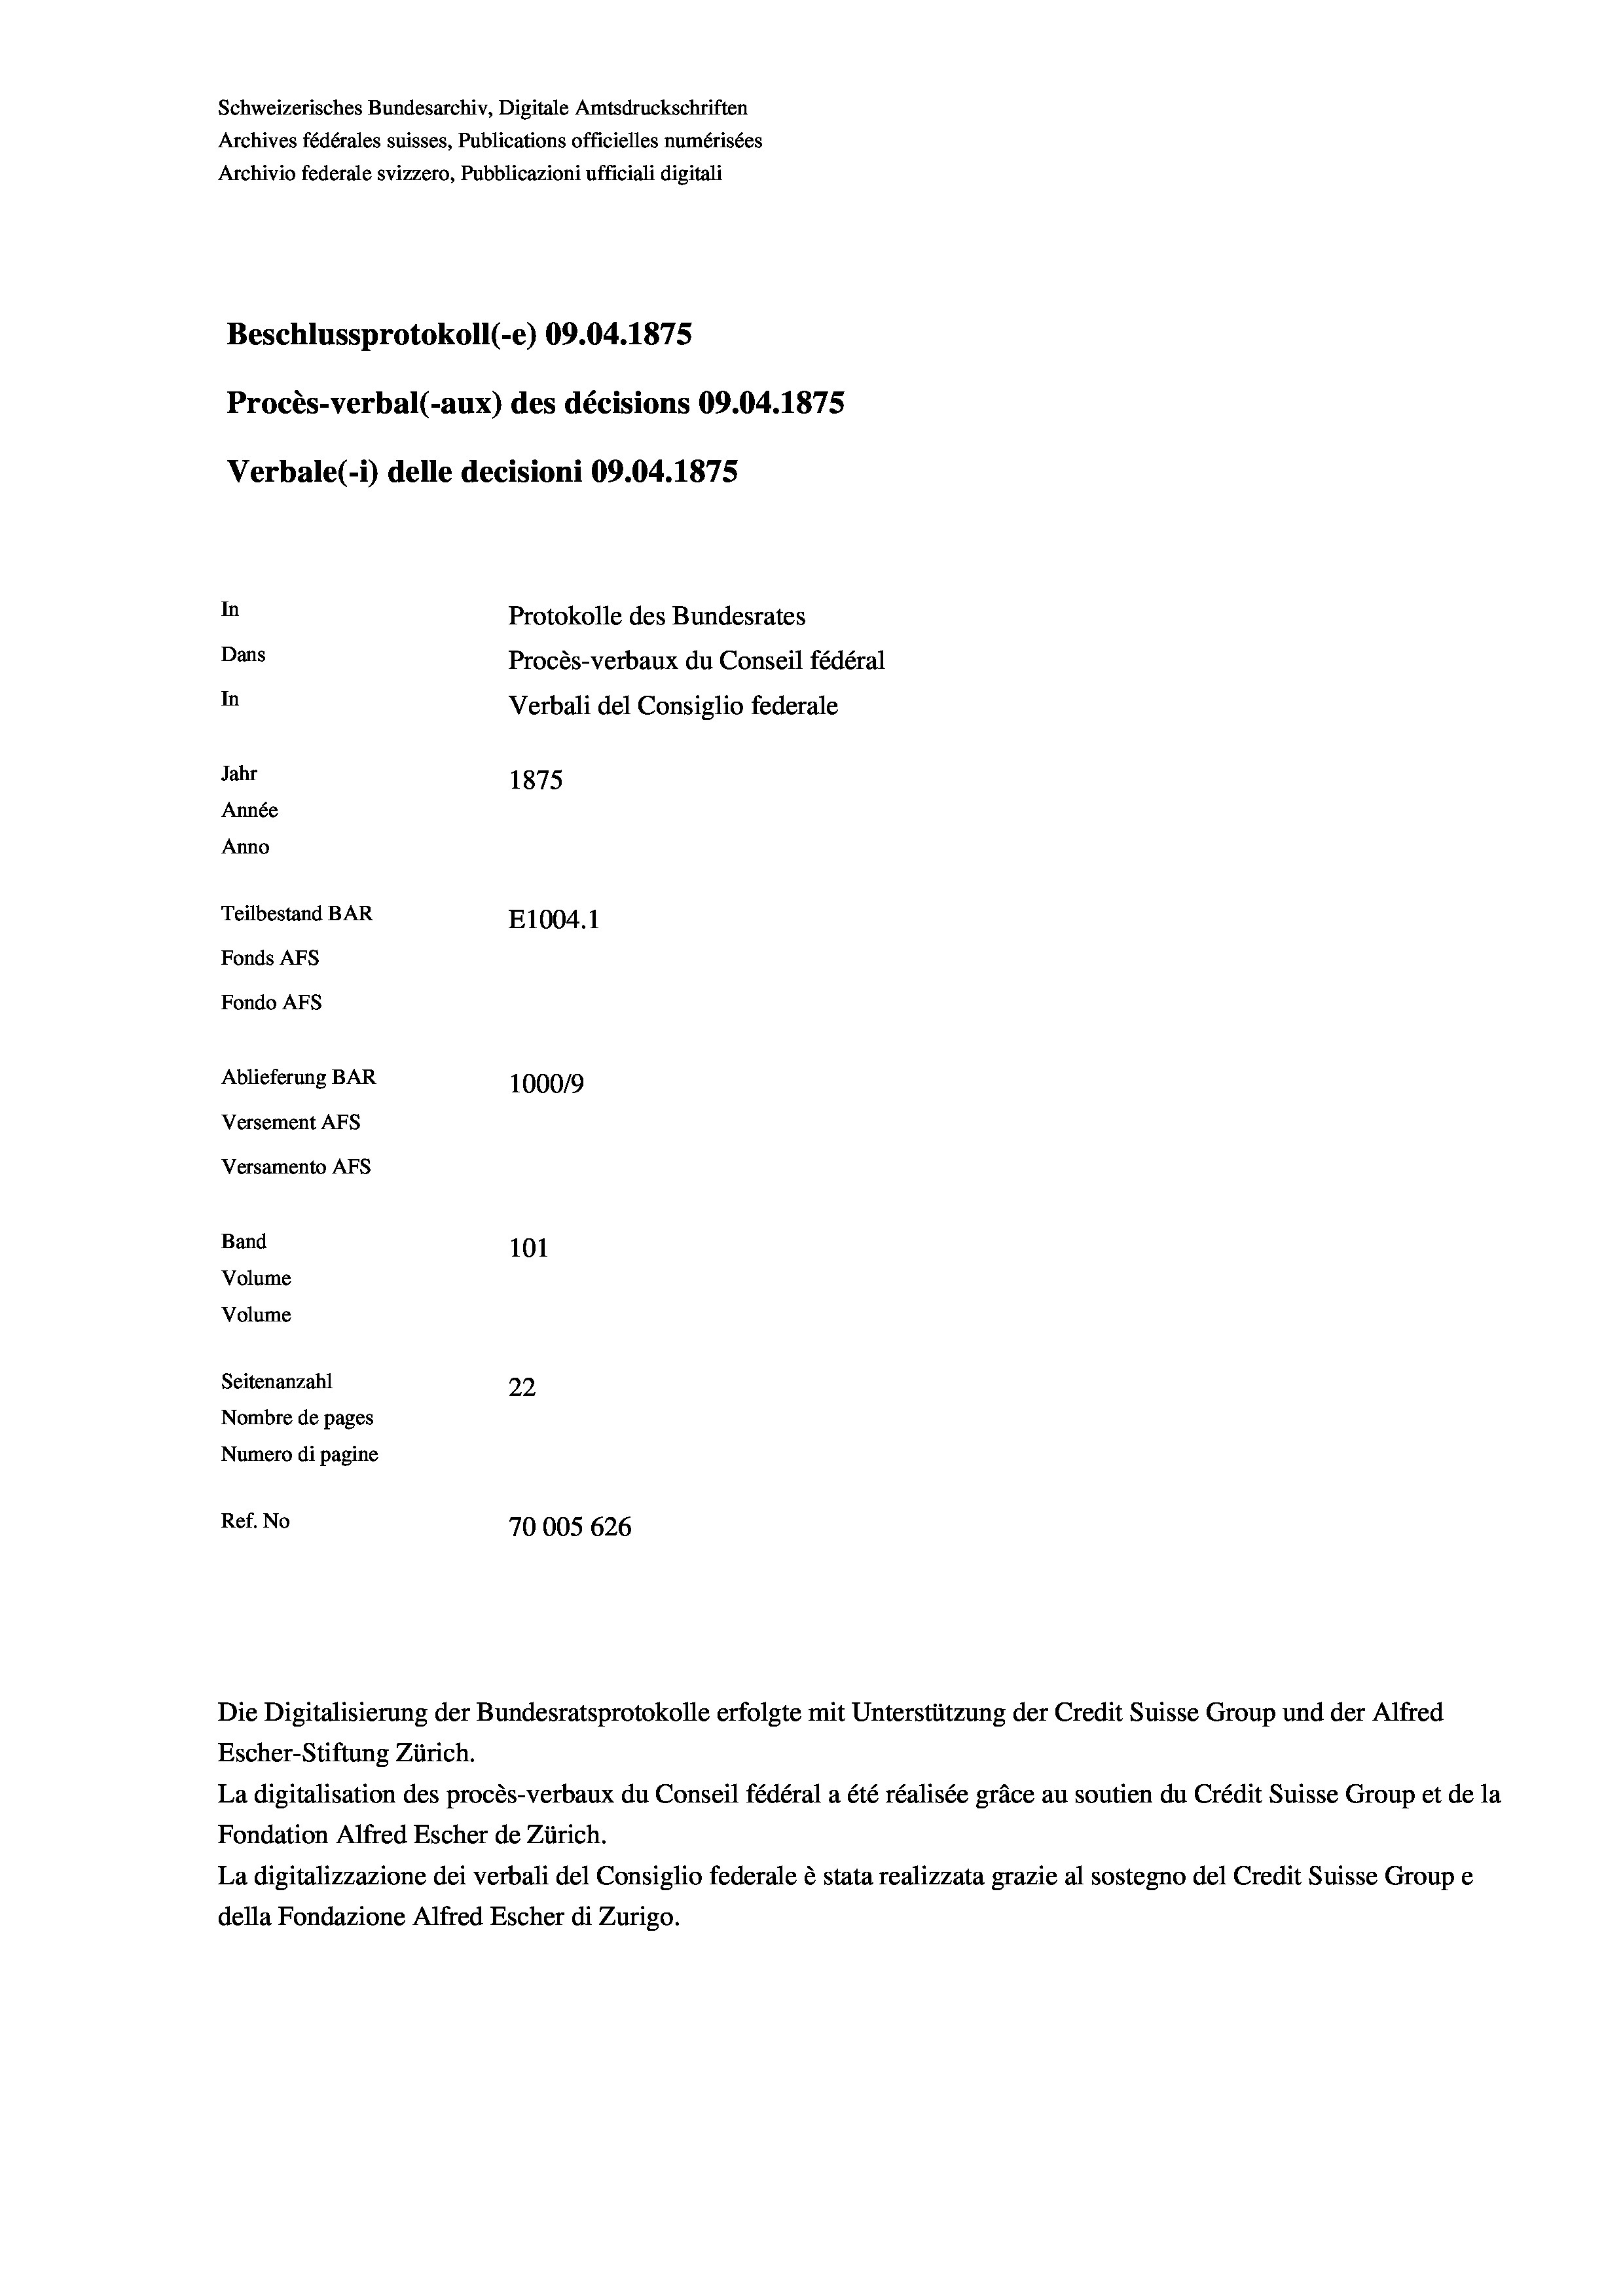
Schweizerisches Bundesarchiv, Digitale Amtsdruckschriften
Archives fédérales suisses, Publications officielles numérisées
Archivio federale svizzero, Pubblicazioni ufficiali digitali
Beschlussprotokoll (-e) 09.04. 1875
Procès-verbal (-aux) des décisions 09.04. 1875
Verbale(*) delle decisioni 09.04. 1875
In
Protokolle des Bundesrates
Dans
Procès-verbaux du Conseil fédéral
In
Verbali del Consiglio federale
Jahr
1875
Année
Anno
Teilbestand BAR
E1004. 1
Fonds AFs
Fondo AFs
Ablieferung BAR
100019
Versement AFS
Versamento Afs

101
Seitenanzahl
22
Nombre de pages
Numero di pagine
Ref. No
70005 626

Band
Volume

Volume

Die Digitalisierung der Bundesratsprotokolle erfolgte mit Unterstützung der Credit Suisse Group und der Alfred
Escher-Stiftung Zürich.
La digitalisation des procès-verbaux du Conseil fédéral a été réalisée gräce au soutien du Crédit Suisse Group et de la
Fondation Alfred Escher de Zürich.
La digitalizzazione dei verbali del Consiglio federale è stata realizzata grazie al sostegno del Credit Suisse Groupe
della Fondazione Alfred Escher di Zurigo.